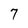
Character: 7